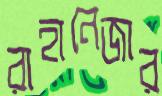
রাহানেজার